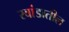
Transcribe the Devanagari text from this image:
रवांडातील